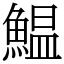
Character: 鰛